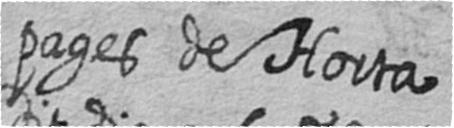
pages de Horta